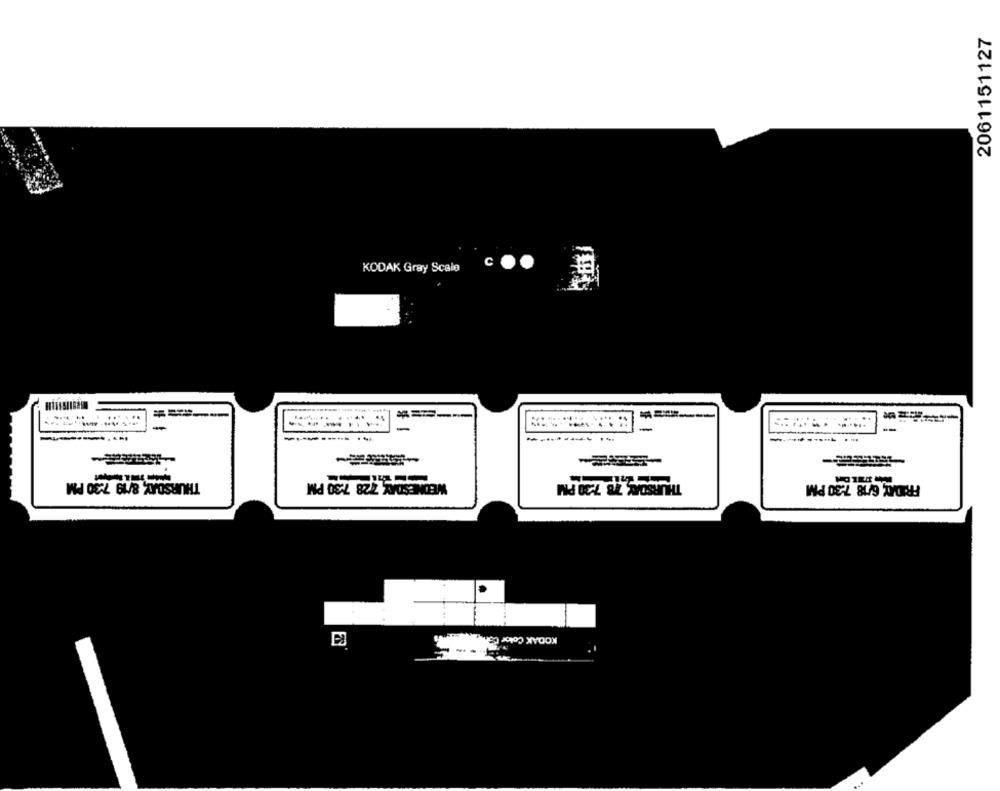
2061151127
KODAK Gray Scale
c ..
-
-
-
----
----
-------...
----------
THURSDAY, 8/19 7:30 PM
WEDNESDAY 728 7:30 PM
THURSDAY, 78 7:30 PM
FRIDAY 6/18 7:30 PM
KODAK Color 65. 4